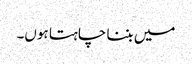
میں بننا چاہتا ہوں۔